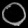
Digit: ၀